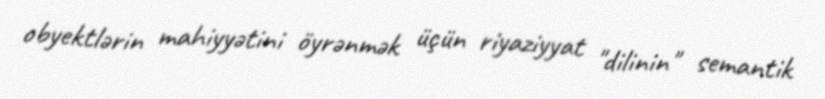
obyektlərin mahiyyətini öyrənmək üçün riyaziyyat "dilinin" semantik